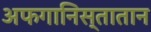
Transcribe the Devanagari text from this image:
अफगानिस्तातान